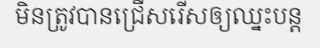
មិនត្រូវបានជ្រើសរើសឲ្យឈ្នះបន្ត